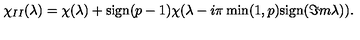
\chi _ { I I } ( \lambda ) = \chi ( \lambda ) + \mathrm { s i g n } ( p - 1 ) \chi ( \lambda - i \pi \min ( 1 , p ) \mathrm { s i g n } ( \Im m \lambda ) ) .